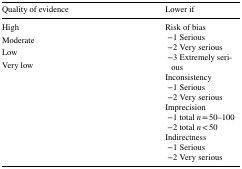
<table><thead><tr><td><b>Quality of evidence</b></td><td><b>Lower if</b></td></tr></thead><tbody><tr><td>High</td><td rowspan="4">Risk of bias −1 Serious −2 Very serious −3 Extremely seriousInconsistency −1 Serious −2 Very seriousImprecision −1 total <i>n</i> = 50–100 −2 total <i>n</i> &lt; 50Indirectness −1 Serious −2 Very serious</td></tr><tr><td>Moderate</td></tr><tr><td>Low</td></tr><tr><td>Very low</td></tr></tbody></table>